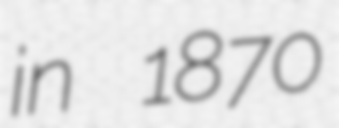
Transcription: in 1870